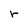
Character: r